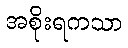
အစိုးရကသာ